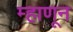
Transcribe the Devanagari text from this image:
म्हाणून